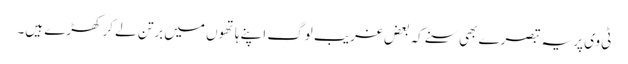
ٹی وی پر یہ تبصرے بھی سنے کہ بعض غریب لوگ اپنے ہاتھوں میں برتن لے کر کھڑے ہیں۔